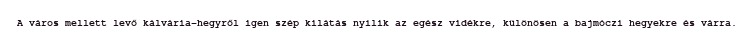
A város mellett levő kálvária-hegyről igen szép kilátás nyílik az egész vidékre, különösen a bajmóczi hegyekre és várra.